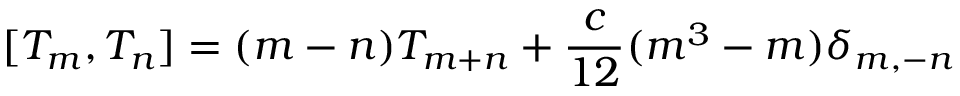
[ T _ { m } , T _ { n } ] = ( m - n ) T _ { m + n } + { \frac { c } { 1 2 } } ( m ^ { 3 } - m ) \delta _ { m , - n }